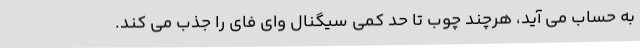
به حساب می آید، هرچند چوب تا حد کمی سیگنال وای فای را جذب می کند.